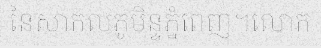
នៃសាកលភូមិន្ទភ្នំពេញ។លោក